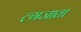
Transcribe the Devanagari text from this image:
ल्गजाता